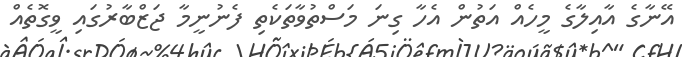
އޭނާގެ އާއިލާގެ މީހެއް އަތުން އެހާ ގިނަ މަސްތުވާތަކެތި ފެނުނީމާ ޖަޒްބާރުގައި ވީގޮތެއް